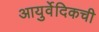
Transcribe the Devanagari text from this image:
आयुर्वेदिकची